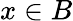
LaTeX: x\in B